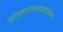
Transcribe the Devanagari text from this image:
सोमनाथस्तथामृतसरः